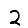
Digit: 2